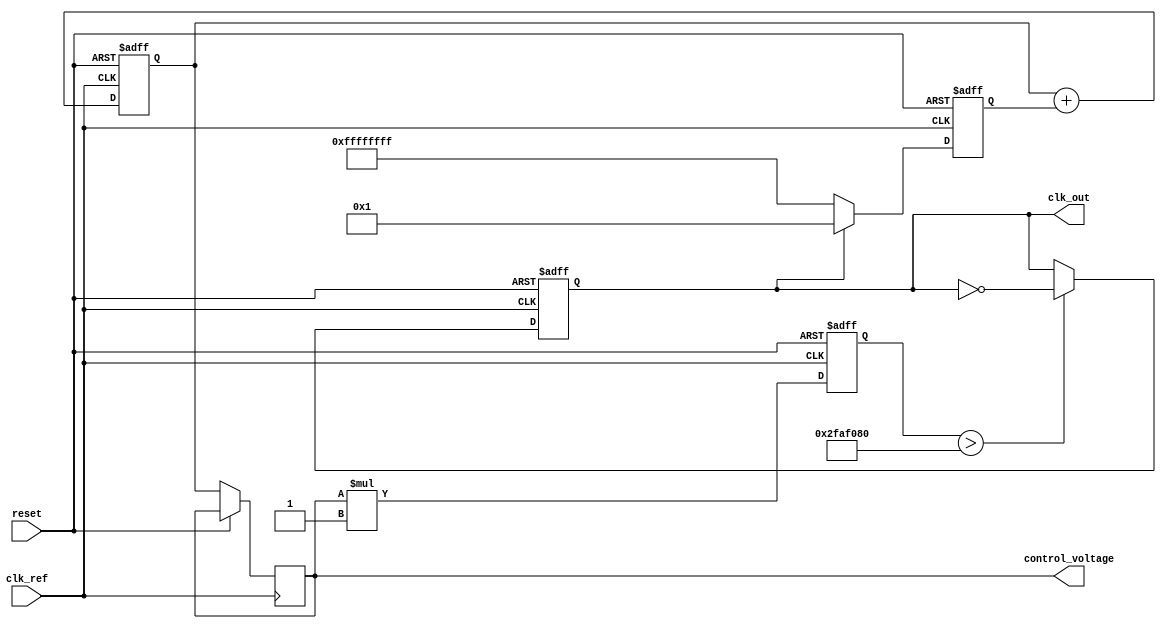
module parameterized_PLL #(
    parameter F_REF = 50_000_000, // Reference clock frequency (Hz)
    parameter F_OUT = 100_000_000, // Desired output clock frequency (Hz)
    parameter N = F_OUT / F_REF, // Division ratio
    parameter VCO_SENSITIVITY = 1, // VCO sensitivity (Hz/V)
    parameter LOOP_FILTER_ORDER = 1 // Loop filter order (1 or 2)
)(
    input wire clk_ref, // Reference clock input
    input wire reset,    // Reset signal
    output reg clk_out,  // Output clock signal
    output reg [31:0] control_voltage // Control voltage for VCO
);

    // Internal signals
    reg [31:0] phase_error; // Phase error signal
    reg [31:0] filtered_error; // Filtered error signal
    reg [31:0] vco_output; // VCO output frequency
    reg [31:0] feedback_divider; // Feedback divider output

    // Phase Detector (PD)
    always @(posedge clk_ref or posedge reset) begin
        if (reset) begin
            phase_error <= 0;
        end else begin
            // Simple phase detector logic
            // Here we assume clk_out is already generated from vco_output
            phase_error <= (clk_out) ? 1 : -1; // Placeholder for phase comparison
        end
    end

    // Loop Filter
    always @(posedge clk_ref or posedge reset) begin
        if (reset) begin
            filtered_error <= 0;
        end else begin
            // Simple first-order filter
            if (LOOP_FILTER_ORDER == 1) begin
                filtered_error <= filtered_error + phase_error; // Integrate error
            end else if (LOOP_FILTER_ORDER == 2) begin
                // Implement second-order filter logic if needed
                // Placeholder for second-order filter
                filtered_error <= filtered_error + (phase_error >> 1); // Example
            end
            control_voltage <= filtered_error; // Update control voltage
        end
    end

    // Voltage-Controlled Oscillator (VCO)
    always @(posedge clk_ref or posedge reset) begin
        if (reset) begin
            vco_output <= 0;
            clk_out <= 0;
        end else begin
            // VCO frequency control (simplified)
            vco_output <= control_voltage * VCO_SENSITIVITY; // Output frequency based on control voltage
            // Generate clock output based on vco_output
            clk_out <= (vco_output > (F_OUT / 2)) ? ~clk_out : clk_out; // Simple toggle logic for clock
        end
    end

    // Feedback Divider
    always @(posedge clk_ref or posedge reset) begin
        if (reset) begin
            feedback_divider <= 0;
        end else begin
            feedback_divider <= (feedback_divider + 1) % N; // Divide by N
        end
    end

endmodule